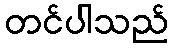
တင်ပါသည်